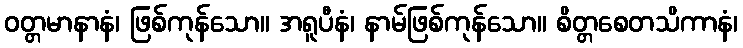
ဝတ္တမာနာနံ၊ ဖြစ်ကုန်သော။ အရူပီနံ၊ နာမ်ဖြစ်ကုန်သော။ စိတ္တစေတသိကာနံ၊